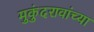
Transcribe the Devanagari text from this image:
मुकुंदरावांच्या